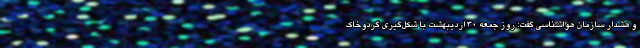
و هشدار سازمان هواشناسی گفت: روز جمعه 30 اردیبهشت با شکل‌گیری گردوخاک